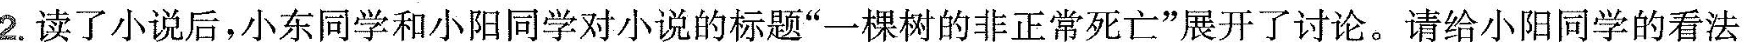
2. 读了小说后，小东同学和小阳同学对小说的标题“一棵树的非正常死亡”展开了讨论。请给小阳同学的看法